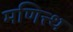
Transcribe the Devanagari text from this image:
मणित्त्थ